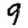
Digit: 9